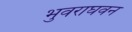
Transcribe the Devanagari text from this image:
भुवराघवन